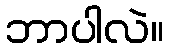
ဘာပါလဲ။